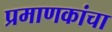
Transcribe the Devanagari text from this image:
प्रमाणकांचा